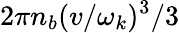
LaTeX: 2\pi n_{b}(v/\omega_{k})^{3}/3